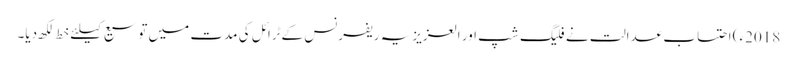
2018ء) احتساب عدالت نے فلیگ شپ اور العزیزیہ ریفرنس کےٹرائل کی مدت میں توسیع کیلئے خط لکھ دیا۔